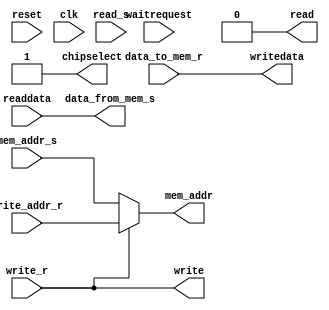
/*arbiter has a avalon-master port writing to S2 of the main CPU memory,
* and the other two parts are from send and recv,
* arbitration is necessary between the send and the recv*/
module arbit  #(
		parameter cpu_width = 32,
		parameter packetizer_width = 128,
		parameter data_width = 32,
		parameter mem_width = 32,
		parameter mem_depth = 11,
		parameter threshold  = 1,
		parameter SIZE = 3
)(
	   /*******connect to s2 of memory for writing(recv) and reading(send) **********/
		input  wire 		 waitrequest, //not used 
		output wire        write,
		output wire [data_width-1:0]   writedata,   
		output wire [19:0] mem_addr,
		input  wire [data_width-1:0]   readdata,   
		output wire chipselect,
		output wire read, //same as chipselect here, only for interfacing as avalon memory mapped master

		////////////////////////acc_send//////////////added for datatype, data fetched from CPU/////////////
		
		input wire [19:0] mem_addr_s,
		output  wire [data_width-1:0]   data_from_mem_s,   
		input wire read_s, //same as chipselect here, only for interfacing as avalon memory mapped master
		//output  wire hold,
		
	
		////////////////////////acc_recv////////////////////////////
		input wire        write_r,
		input wire [19:0] write_addr_r,
		input wire [data_width-1:0]   data_to_mem_r,
		///////////////////////avalon requirements/////////////////
		input wire reset,     //       reset_1.reset
		input wire clk                       //         clock.clk
);

assign write = write_r;
assign read  = 'b0;
assign mem_addr = write_r ? write_addr_r[19:0] : mem_addr_s;    //address of NIOSII memory is from zero to 32'hf9fff  
assign writedata = data_to_mem_r; 
assign data_from_mem_s = readdata;
assign chipselect = 1'b1;

endmodule